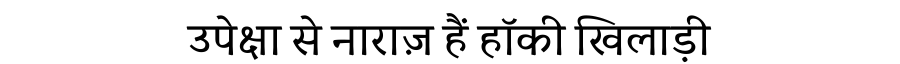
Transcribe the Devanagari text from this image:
उपेक्षा से नाराज़ हैं हॉकी खिलाड़ी